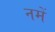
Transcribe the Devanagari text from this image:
नमें